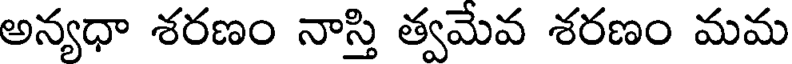
అన్యధా శరణం నాస్తి త్వమేవ శరణం మమ